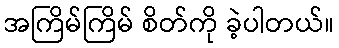
အကြိမ်ကြိမ် စိတ်ကို ခဲ့ပါတယ်။